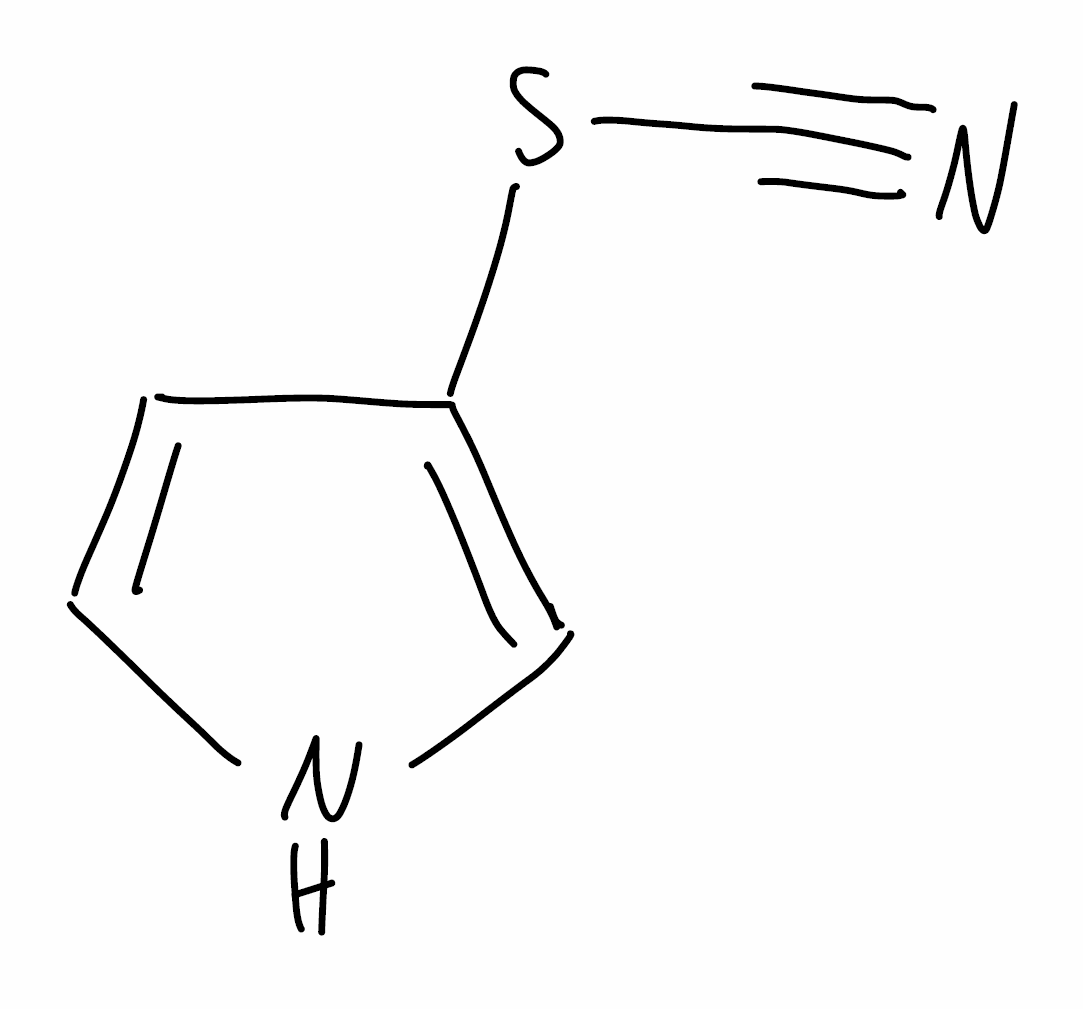
Simplified molecular-input line-entry system (SMILES) notation of the given molecule:
C1=CNC=C1SC#N